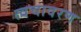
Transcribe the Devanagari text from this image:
त्वचावरण